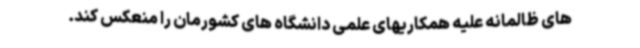
های ظالمانه علیه همکاریهای علمی دانشگاه های کشورمان را منعکس کند.